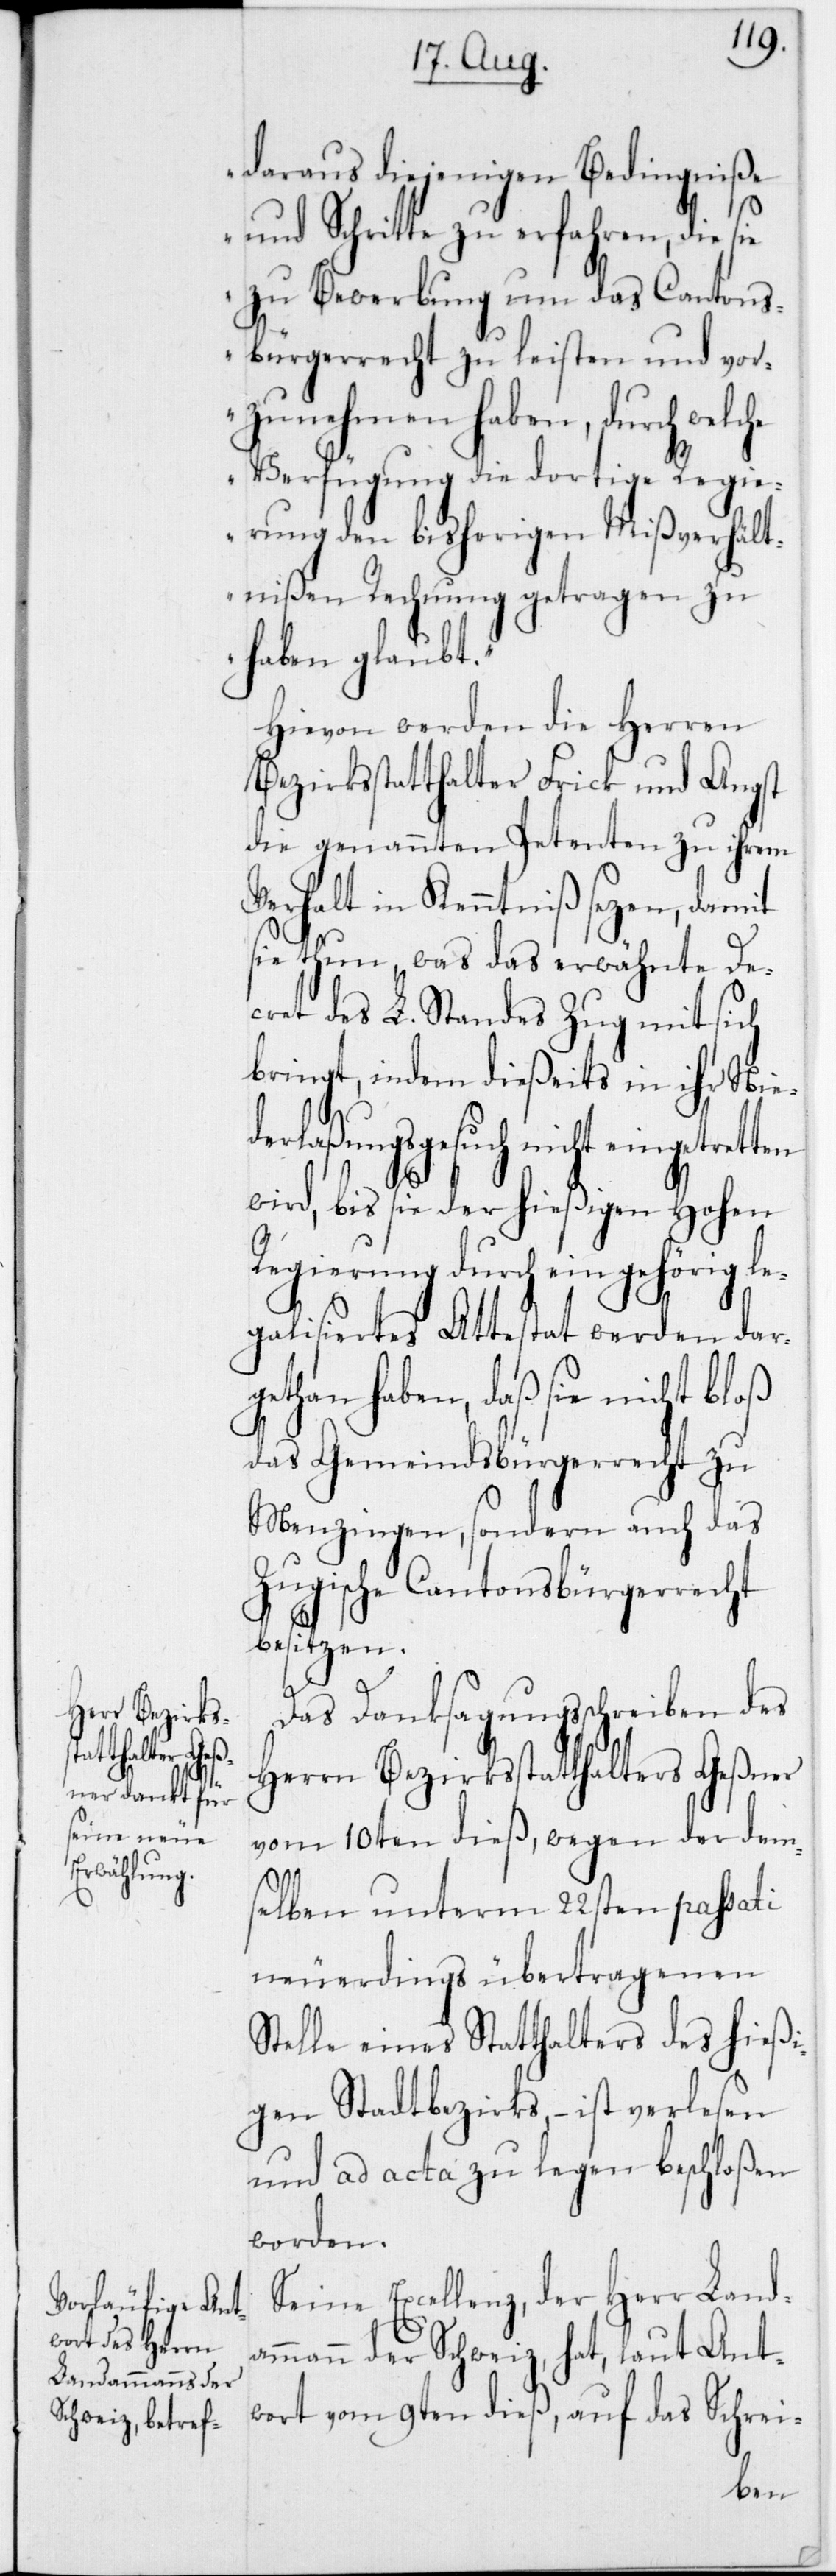
daraus diejenigen Bedingniße
und Schritte zu erfahren, die sie
zu Bewerbung um das Cantons¬
bürgerrecht zu leisten und vor¬
zunehmen haben, durch
Verfügung die dortige Regi¬
erung den bisherigen Mißverhält¬
nißen Rechnung getragen zu
haben glaubt.“
Hievon werden die Herren
Bezirksstatthalter Frick und Angst
die genannten Petenten zu ihrem
Verhalt in Kenntniß setzen, damit
sie thun, was das erwähnte De¬
cret des L. Standes Zug mit sich
bringt, indem dießeits in ihr Nie¬
derlaßungsgesuch nicht eingetret¬
wird, bis sie der hießigen Hohen
Regierung durch ein gehörig le¬
galisiertes Attestat werden dar¬
gethan haben, daß sie nicht bloß
das Gemeindsbürgerrecht zu
Menzingen, sondern auch das
Zugische Cantonsbürgerrecht
besitzen.
Das Danksagungsschreiben des
Herrn Bezirksstatthalters Geßner
vom 10ten dieß, wegen der dem¬
selben unterm 22sten passati
neuerdings übertragenen
Stelle eines Statthalters des hießi¬
gen Stadtbezirks, – ist verlesen
und ad acta zu legen beschloßen
worden.
Seine Excellenz,der Herr Landa¬
mmann der Schweiz, hat laut Ant¬
wort vom 9ten dieß, auf das Schrei-
ten